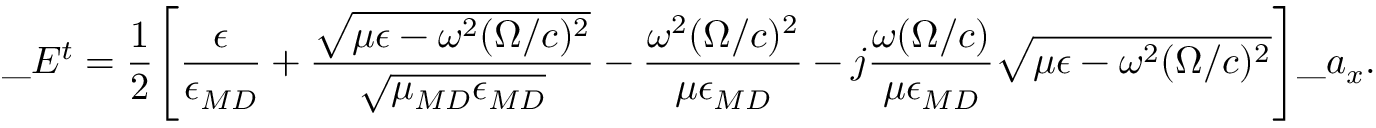
\_ E ^ { t } = { \frac { 1 } { 2 } } \Bigg [ { \frac { \epsilon } { \epsilon _ { \/ { M D } } } } + { \frac { \sqrt { \mu \epsilon - \omega ^ { 2 } ( \Omega / c ) ^ { 2 } } } { \sqrt { \mu _ { \/ { M D } } \epsilon _ { \/ { M D } } } } } - { \frac { \omega ^ { 2 } ( \Omega / c ) ^ { 2 } } { \mu \epsilon _ { \/ { M D } } } } - j { \frac { \omega ( \Omega / c ) } { \mu \epsilon _ { \/ { M D } } } } \sqrt { \mu \epsilon - \omega ^ { 2 } ( \Omega / c ) ^ { 2 } } \Bigg ] \_ a _ { x } .